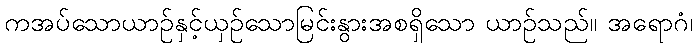
ကအပ်သောယာဉ်နှင့်ယှဉ်သောမြင်းနွားအစရှိသော ယာဉ်သည်။ အရောဂံ၊